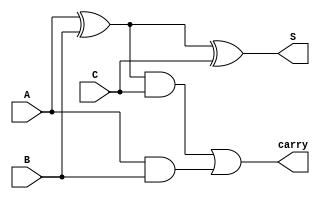
module ADDx1(A, B, C, S, carry);
    input A,B,C;
    output S, carry;
    wire w1, w2, w3;

    xor(w1, A, B);
    xor(S, w1, C);
    and(w2, A, B);
    and(w3, w1, C);
    or(carry, w3, w2);
endmodule